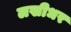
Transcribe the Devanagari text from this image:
लखीधर